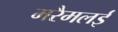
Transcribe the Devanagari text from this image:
मरैमलई